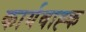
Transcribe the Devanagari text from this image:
कार्यवाह्क